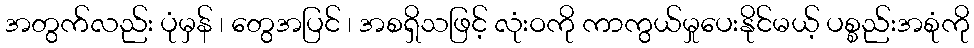
အတွက်လည်း ပုံမှန် ၊ တွေအပြင် ၊ အစရှိသဖြင့် လုံးဝကို ကာကွယ်မှုပေးနိုင်မယ့် ပစ္စည်းအစုံကို